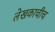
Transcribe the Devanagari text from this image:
लेखकाचीच